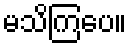
မသိကြပေ။